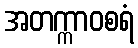
အတက္ကာဝစရံ